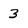
Character: 3